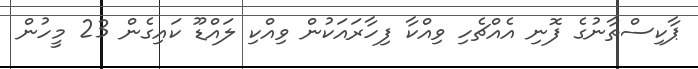
ޕާކިސްތާނުގެ ފޮނި އެއްޗެހި ވިއްކާ ފިހާރައަކުން ވިއްކި ލައްޑޫ ކައިގެން 23 މީހުން